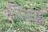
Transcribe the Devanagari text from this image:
दिजाइन